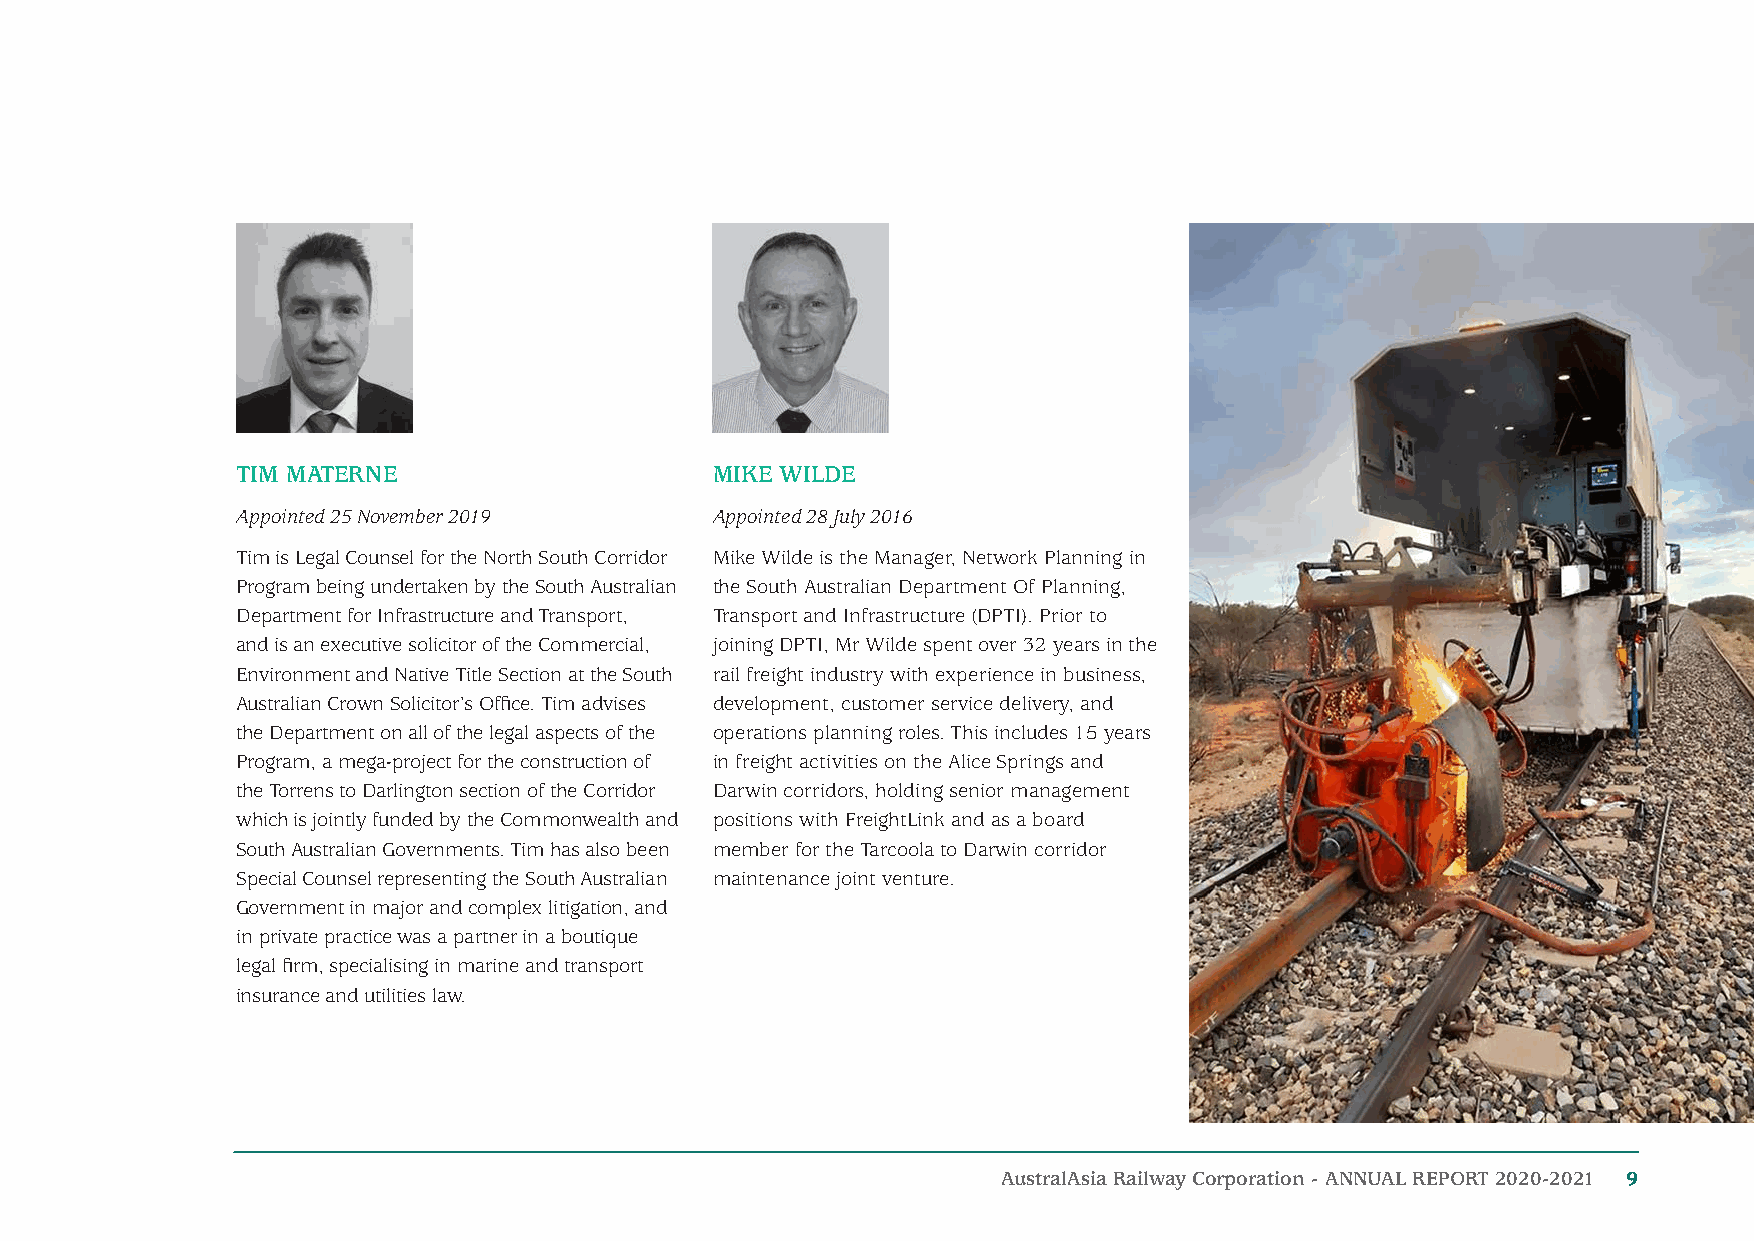
TIM MATERNE                    MIKE WILDE
 Appointed 25 November 2019     Appointed 28 July 2016
 Tim is Legal Counsel for the North South Corridor Mike Wilde is the Manager, Network Planning in
 Program being undertaken by the South Australian the South Australian Department Of Planning,
 Department for Infrastructure and Transport, Transport and Infrastructure (DPTI). Prior to
 and is an executive solicitor of the Commercial, joining DPTI, Mr Wilde spent over 32 years in the
 Environment and Native Title Section at the South rail freight industry with experience in business,
 Australian Crown Solicitor’s Office. Tim advises development, customer service delivery, and
 the Department on all of the legal aspects of the operations planning roles. This includes 15 years
 Program, a mega-project for the construction of in freight activities on the Alice Springs and
 the Torrens to Darlington section of the Corridor Darwin corridors, holding senior management
 which is jointly funded by the Commonwealth and positions with FreightLink and as a board
 South Australian Governments. Tim has also been member for the Tarcoola to Darwin corridor
 Special Counsel representing the South Australian maintenance joint venture.
 Government in major and complex litigation, and
 in private practice was a partner in a boutique
 legal firm, specialising in marine and transport
 insurance and utilities law.
 AustralAsia Railway Corporation - ANNUAL REPORT 2020-2021 9